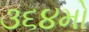
૩૬૪મો